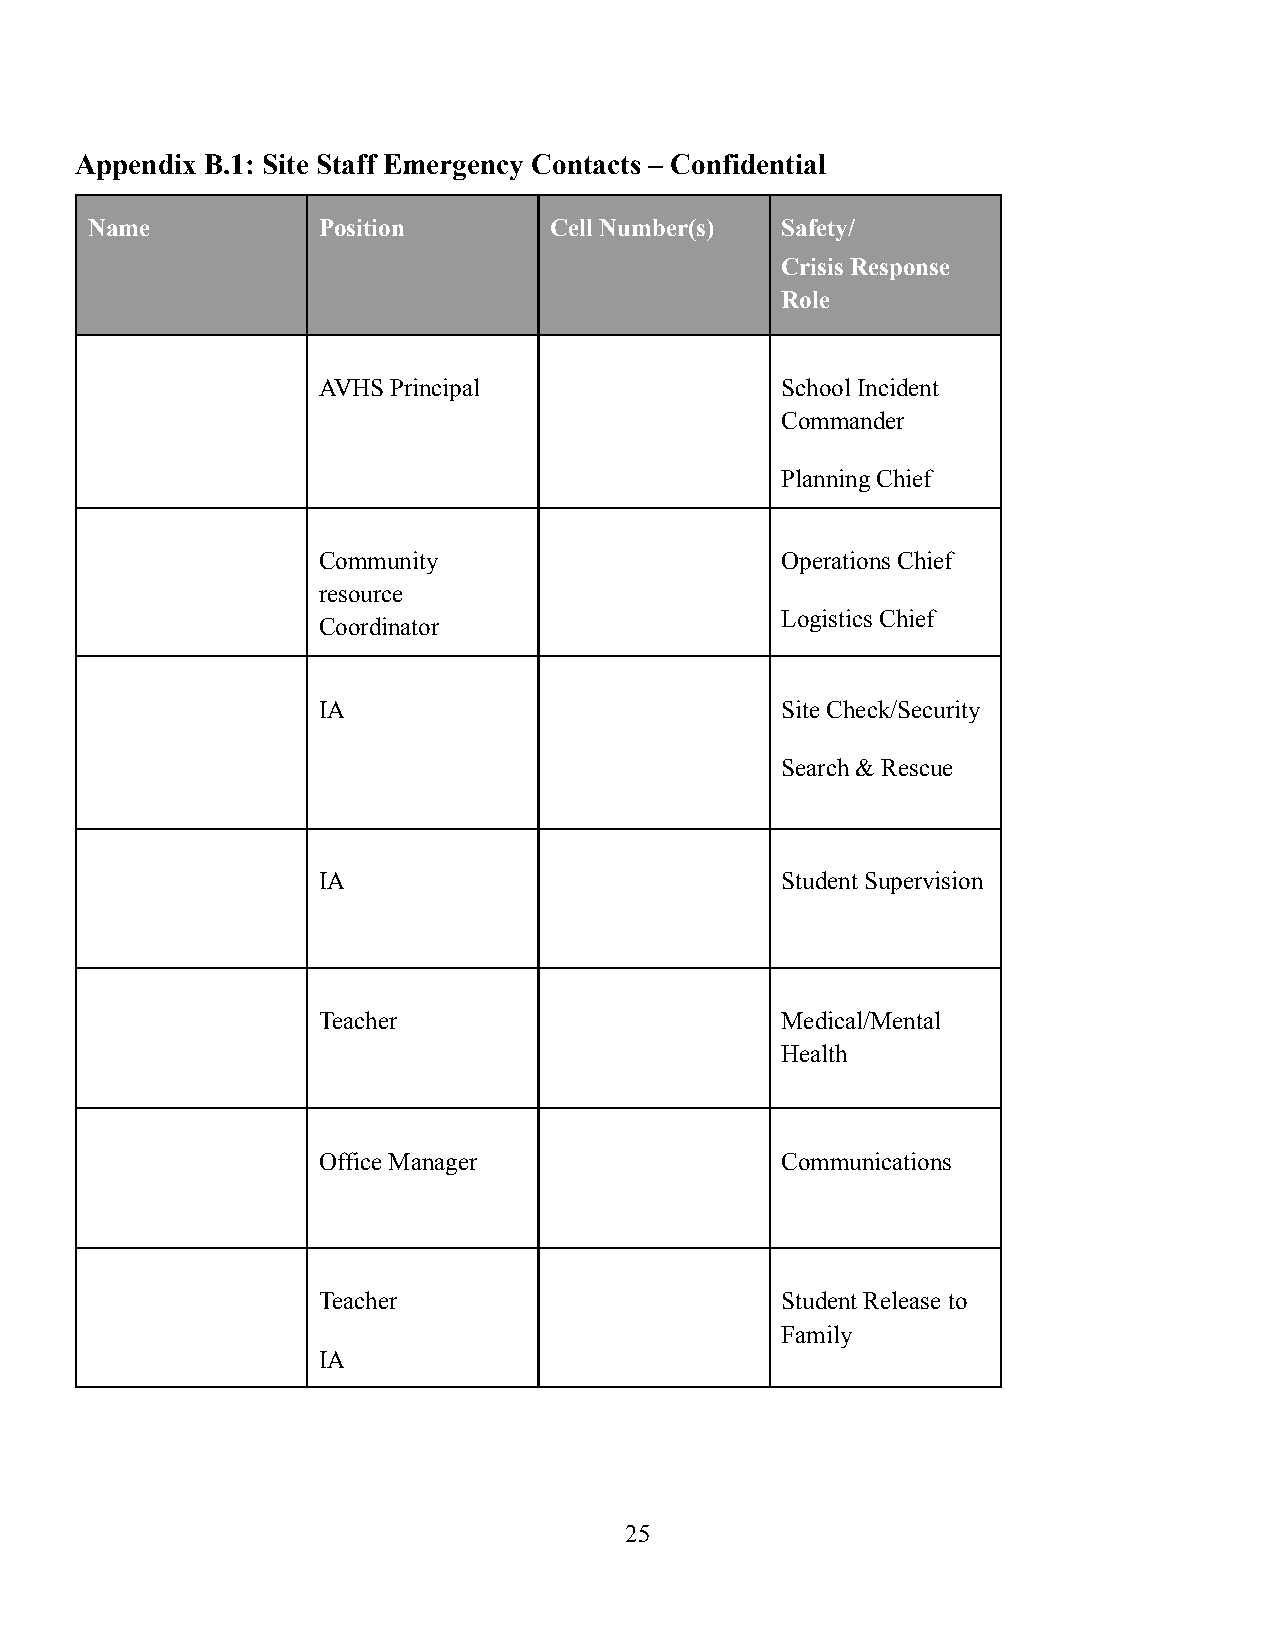
Appendix B.1: Site Staff Emergency Contacts – Confidential
 Name           Position       Cell Number(s)  Safety/
 Crisis Response
 Role
 AVHS Principal                 School Incident
 Commander
 Planning Chief
 Community                      Operations Chief
 resource
 Logistics Chief
 Coordinator
 IA                             Site Check/Security
 Search & Rescue
 IA                             Student Supervision
 Teacher                        Medical/Mental
 Health
 Office Manager                 Communications
 Teacher                        Student Release to
 Family
 IA
 25